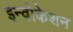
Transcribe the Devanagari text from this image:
इन्वोकेशन